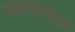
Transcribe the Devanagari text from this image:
वाढण्याबद्दल